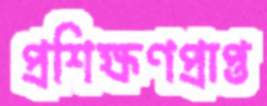
প্রশিক্ষণপ্রাপ্ত